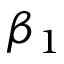
\beta _ { 1 }